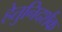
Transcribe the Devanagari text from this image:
हेतुनिदर्शक